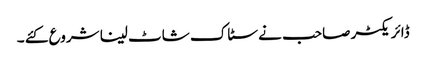
ڈائریکٹر صاحب نے سٹاک شاٹ لینا شروع کئے ۔